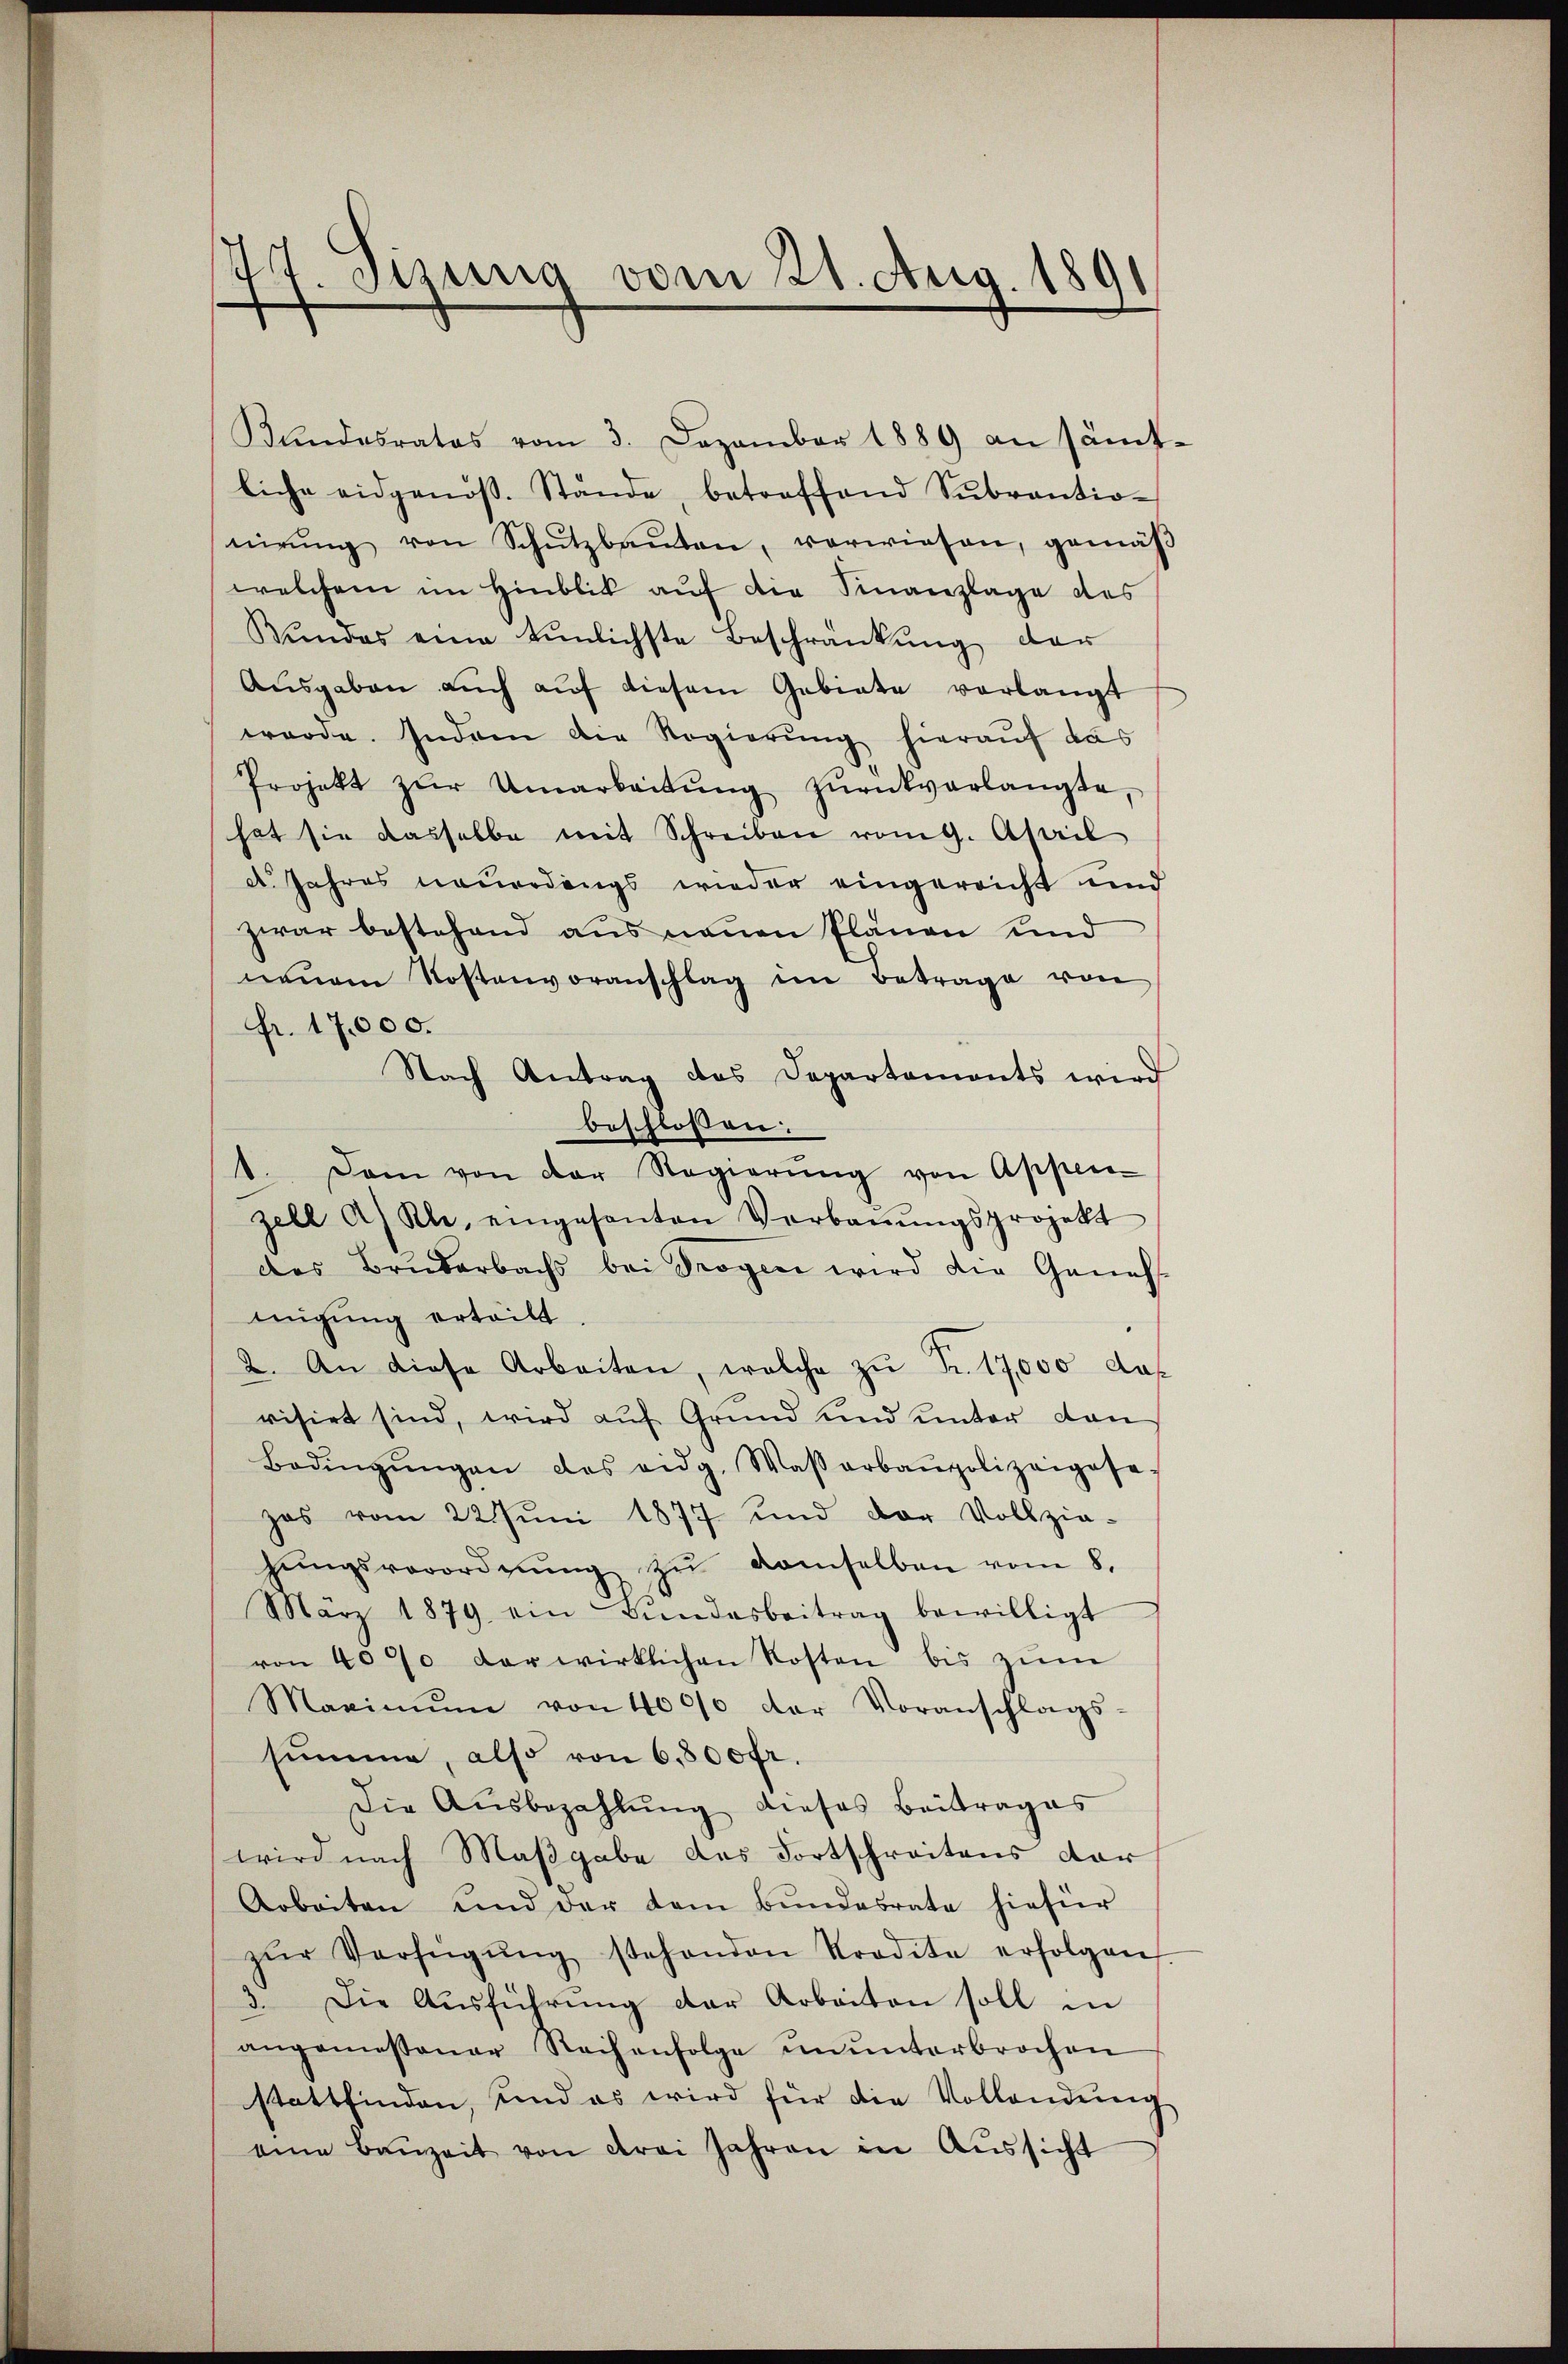
Kŭndesrates vom 3. Dezember 1889 an sämt-
liche eidgenos. Stände, betreffend Sŭbrantio-
eirŭng von Schŭtzbaŭten, verwiesen, gemäβ
welchem im Hinblick auf die Sinanzlage des
Kŭndes eine tŭnlichste Beschränkung der
Ausgaben auch auf diesem Gebiete verlangt
werde. Indem die Regierung hierauf das
Projekt zŭr Umarbeitŭng zŭrückverlangte,
hat sie dasselbe mit Schreiben vom 9. April
d. Jahres neuerdings wieder eingereicht und
zwar bestehend aus neuen Plänen und
neuem Kostenvoranschlag im Betrage von
Fr. 17,000.
Nach Antrag des Departaments wird
beschlossen:
1. Dan von der Regierŭng von Appen-
zell A. Kle, eingesanten Verbaŭŭngsprojekt
das Bruderbachs bei Trogen wird die Geneh-
migung erteilt
2. An diese Arbeiten, welche zŭ Fr. 17,000 das
risirt sind, wird auf Grund und unter dan
Bedingŭngen des eidg. Wasserbaupolizeigese
zes vom 22. Jŭni 1877 und der Vollzie-
hŭngsverordnŭng zŭ demselben vom 8.
März 1879 ein Bŭndesbeitrag bewilligt
von 40% der wirklichen Kosten bis zŭm
Maximŭm von 4000 der Voranschlags-
summe, also von 6,800 fr.
Die Aŭsbezahlŭng dieses Beitrages
wird nach Maßgabe des Fortschreitens dar
Arbeiten und der dem Bŭndesrate hiefür
zŭr Verfügŭng stehenden Strodete erfolgen
3. Die Aŭsführŭng der Arbeiten soll in
angemessener Reihenfolge ŭnŭnterbrochen
stattfinden, und es wird für die Vollendŭng
eine Baŭzeit von drei Jahren in Aŭssicht

77. Sizung vom 21. Aug. 1891